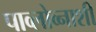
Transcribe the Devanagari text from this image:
पाव्लोव्नाशी